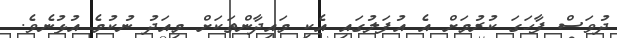
ދުވަސް ފާހަގަ ކުރުމަށް އެ އުފަލުގައި އެކި މައިދާންތަކަށް މިއަދު ނުކުމެ އުޅުނެވެ.